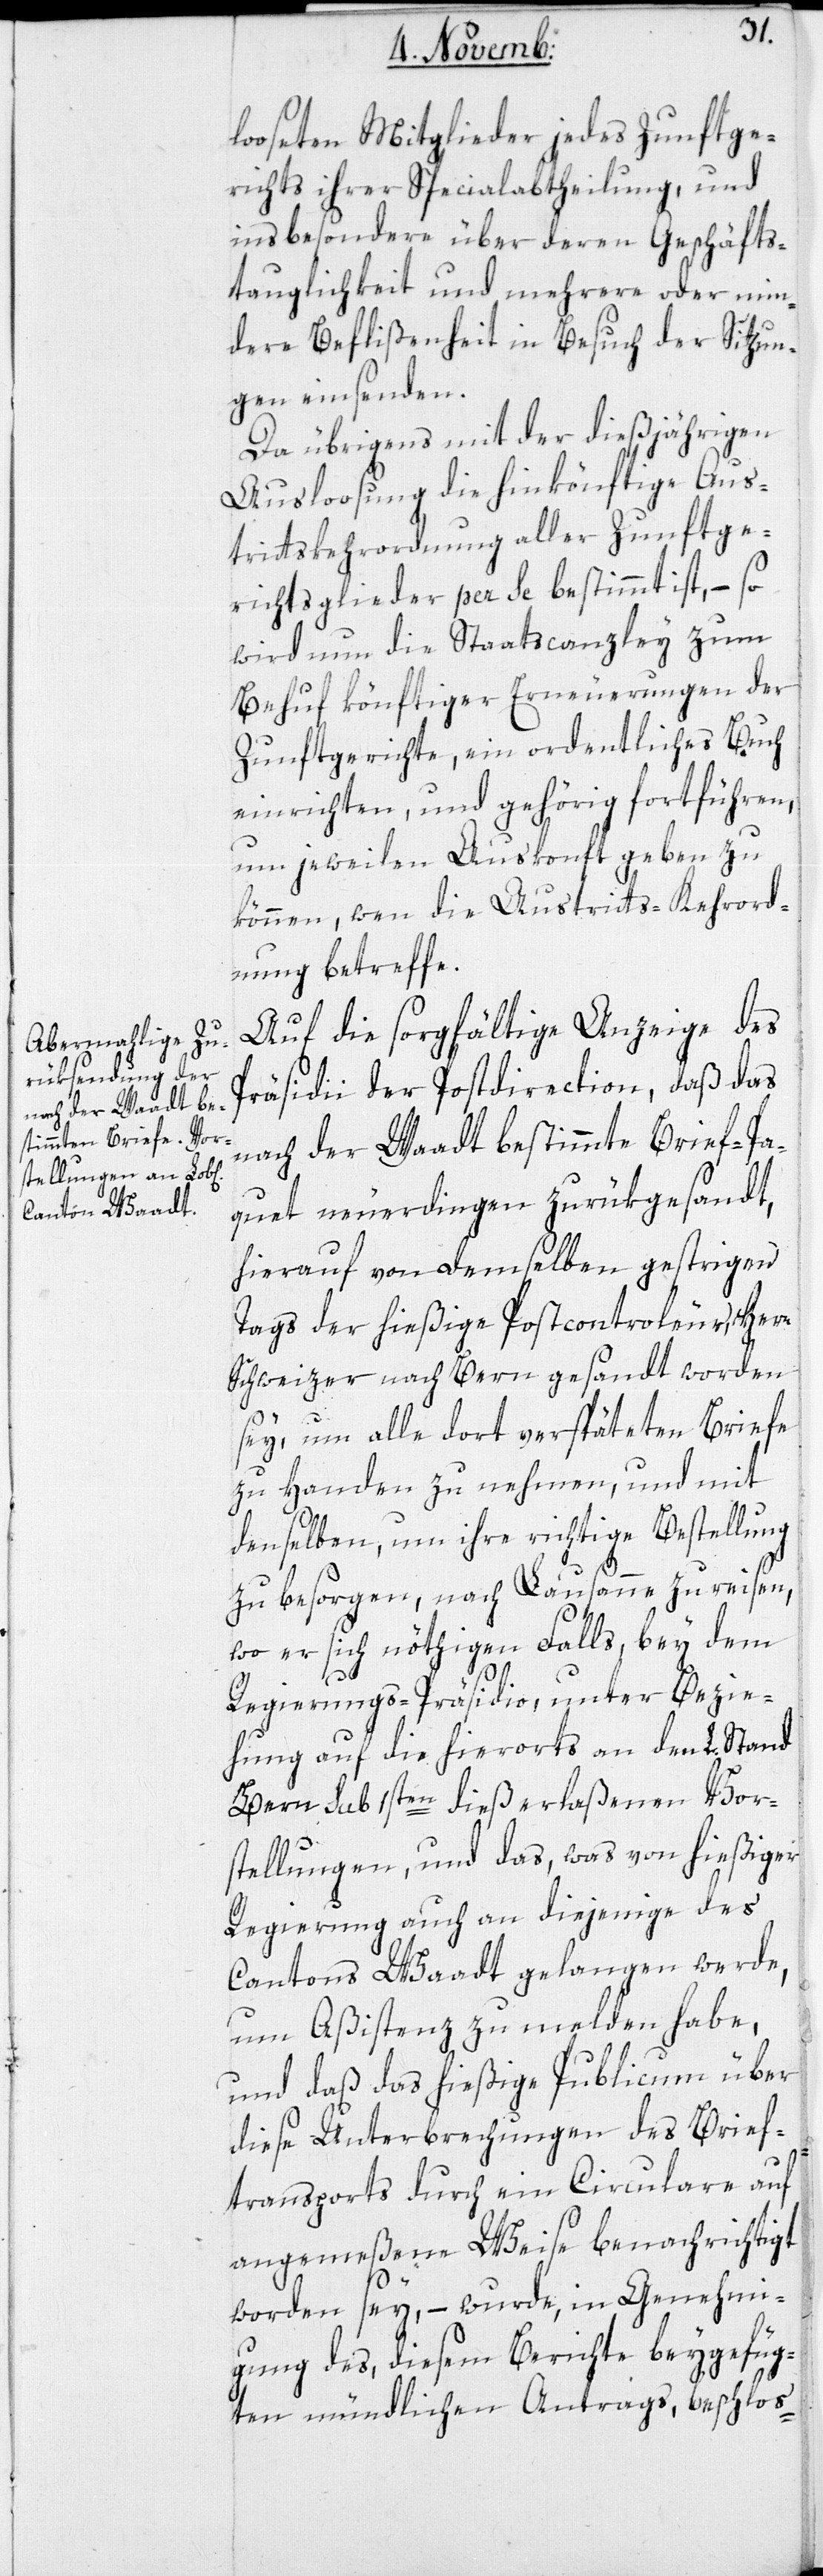
looseten Mitglieder jedes Zunftge¬
richts ihrer Spezialabtheilung, und
insbesondere über deren Geschäfts¬
tauglichkeit und mehrere oder min¬
dere Beflißenheit in Besuch der Sitzun¬
gen einsenden.
Da übrigens mit der dießjährigen
Ausloosung die hinkönftige Aus¬
trittskehrordnung aller Zunftge¬
richtsglieder per se bestimmt ist, – so
wird nun die Staatscanzley zum
Behuf könftiger Erneuerungen der
Zunftgerichte, ein ordentliches Buch
einrichten, und gehörig fortführen,
um jeweilen Auskonft geben zu
können, wen die Austritts-Kehrord¬
nung betreffe.
Auf die sorgfältige Anzeige des
Präsidii der Postdirection, daß das
nach der Waadt bestimmte Brief-Pa¬
quet neuerdingen zurükgesandt,
hierauf von demselben gestrigen
Tags der hießige Postcontroleur Herr
Schweizer nach Bern gesandt worden
sey, um alle dort verspäteten Briefe
zu Handen zu nehmen, und mit
denselben, um ihre richtige Bestellung
zu besorgen, nach Lausanne zu reisen,
wo er sich nöthigen Falls, bey dem
Regierungs-Präsidio, unter Bezie¬
hung auf die hierorts an den L. Stand
Bern sub 1sten dieß erlaßenen Vor¬
stellungen, und das, was von hießiger
Regierung auch an diejenige des
Cantons Waadt gelangen werde,
um Aßistenz zu melden habe,
und daß das hießige Publicum über
diese Unterbrechungen des Brief¬
transports durch ein Circulare auf
angemeßene Weise benachrichtigt
worden sey, – wurde, in Genehmi¬
gung des, diesem Berichte beygefüg¬
ten mündlichen Antrags, beschlos-